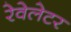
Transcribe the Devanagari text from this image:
रेवेलेटर